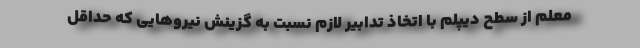
معلم از سطح دیپلم با اتخاذ تدابیر لازم نسبت به گزینش نیروهایی که حداقل